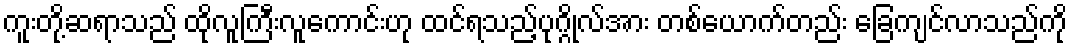
ကူးတို့ဆရာသည် ထိုလူကြီးလူကောင်းဟု ထင်ရသည့်ပုဂ္ဂိုလ်အား တစ်ယောက်တည်း ခြေကျင်လာသည်ကို